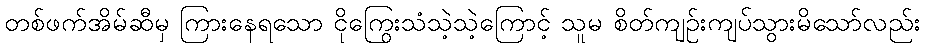
တစ်ဖက်အိမ်ဆီမှ ကြားနေရသော ငိုကြွေးသံသဲ့သဲ့ကြောင့် သူမ စိတ်ကျဉ်းကျပ်သွားမိသော်လည်း